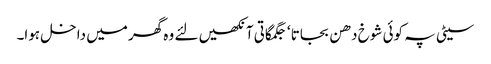
سیٹی پہ کوئی شوخ دھن بجاتا ‘ جگمگاتی آنکھیں لئے وہ گھر میں داخل ہوا۔